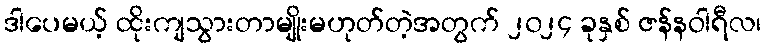
ဒါပေမယ့် ထိုးကျသွားတာမျိုးမဟုတ်တဲ့အတွက် ၂၀၂၄ ခုနှစ် ဇန်နဝါရီလ၊